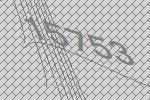
15753